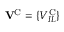
{ \bf V } ^ { \mathrm { C } } = \{ V _ { I L } ^ { \mathrm { C } } \}